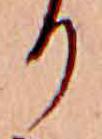
り